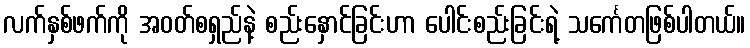
လက်နှစ်ဖက်ကို အဝတ်စရှည်နဲ့ စည်းနှောင်ခြင်းဟာ ပေါင်းစည်းခြင်းရဲ့ သင်္ကေတဖြစ်ပါတယ်။